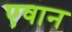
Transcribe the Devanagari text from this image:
एवान